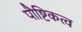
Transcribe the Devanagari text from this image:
पौष्टिकत्व